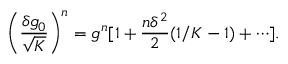
\left( \frac { \delta g _ { 0 } } { \sqrt { K } } \right) ^ { n } = g ^ { n } [ 1 + \frac { n \delta ^ { 2 } } { 2 } ( 1 / K - 1 ) + \cdots ] .